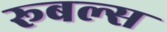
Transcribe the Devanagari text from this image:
रूबल्स